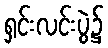
ရှင်းလင်းပွဲ၌